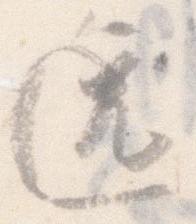
逸